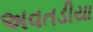
અવતડીયા